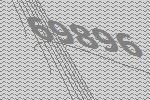
69896